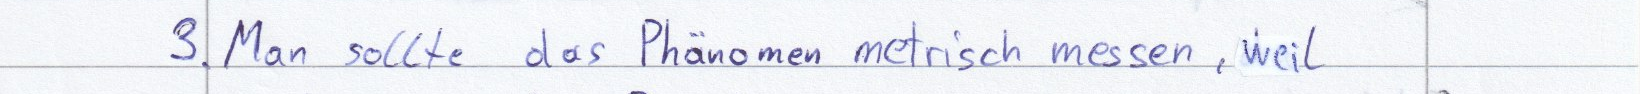
3. Man sollte das Phänomen metrisch messen, weil